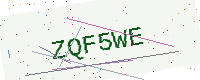
Text: ZQF5WE